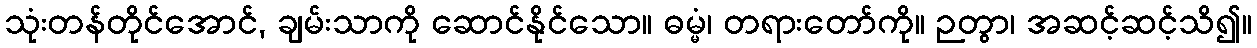
သုံးတန်တိုင်အောင်, ချမ်းသာကို ဆောင်နိုင်သော။ ဓမ္မံ၊ တရားတော်ကို။ ဉတွာ၊ အဆင့်ဆင့်သိ၍။